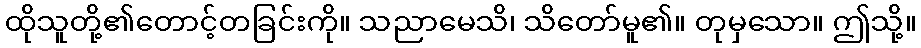
ထိုသူတို့၏တောင့်တခြင်းကို။ သညာမေသိ၊ သိတော်မူ၏။ တုမှသော။ ဤသို့။